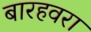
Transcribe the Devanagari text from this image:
बारहवरा